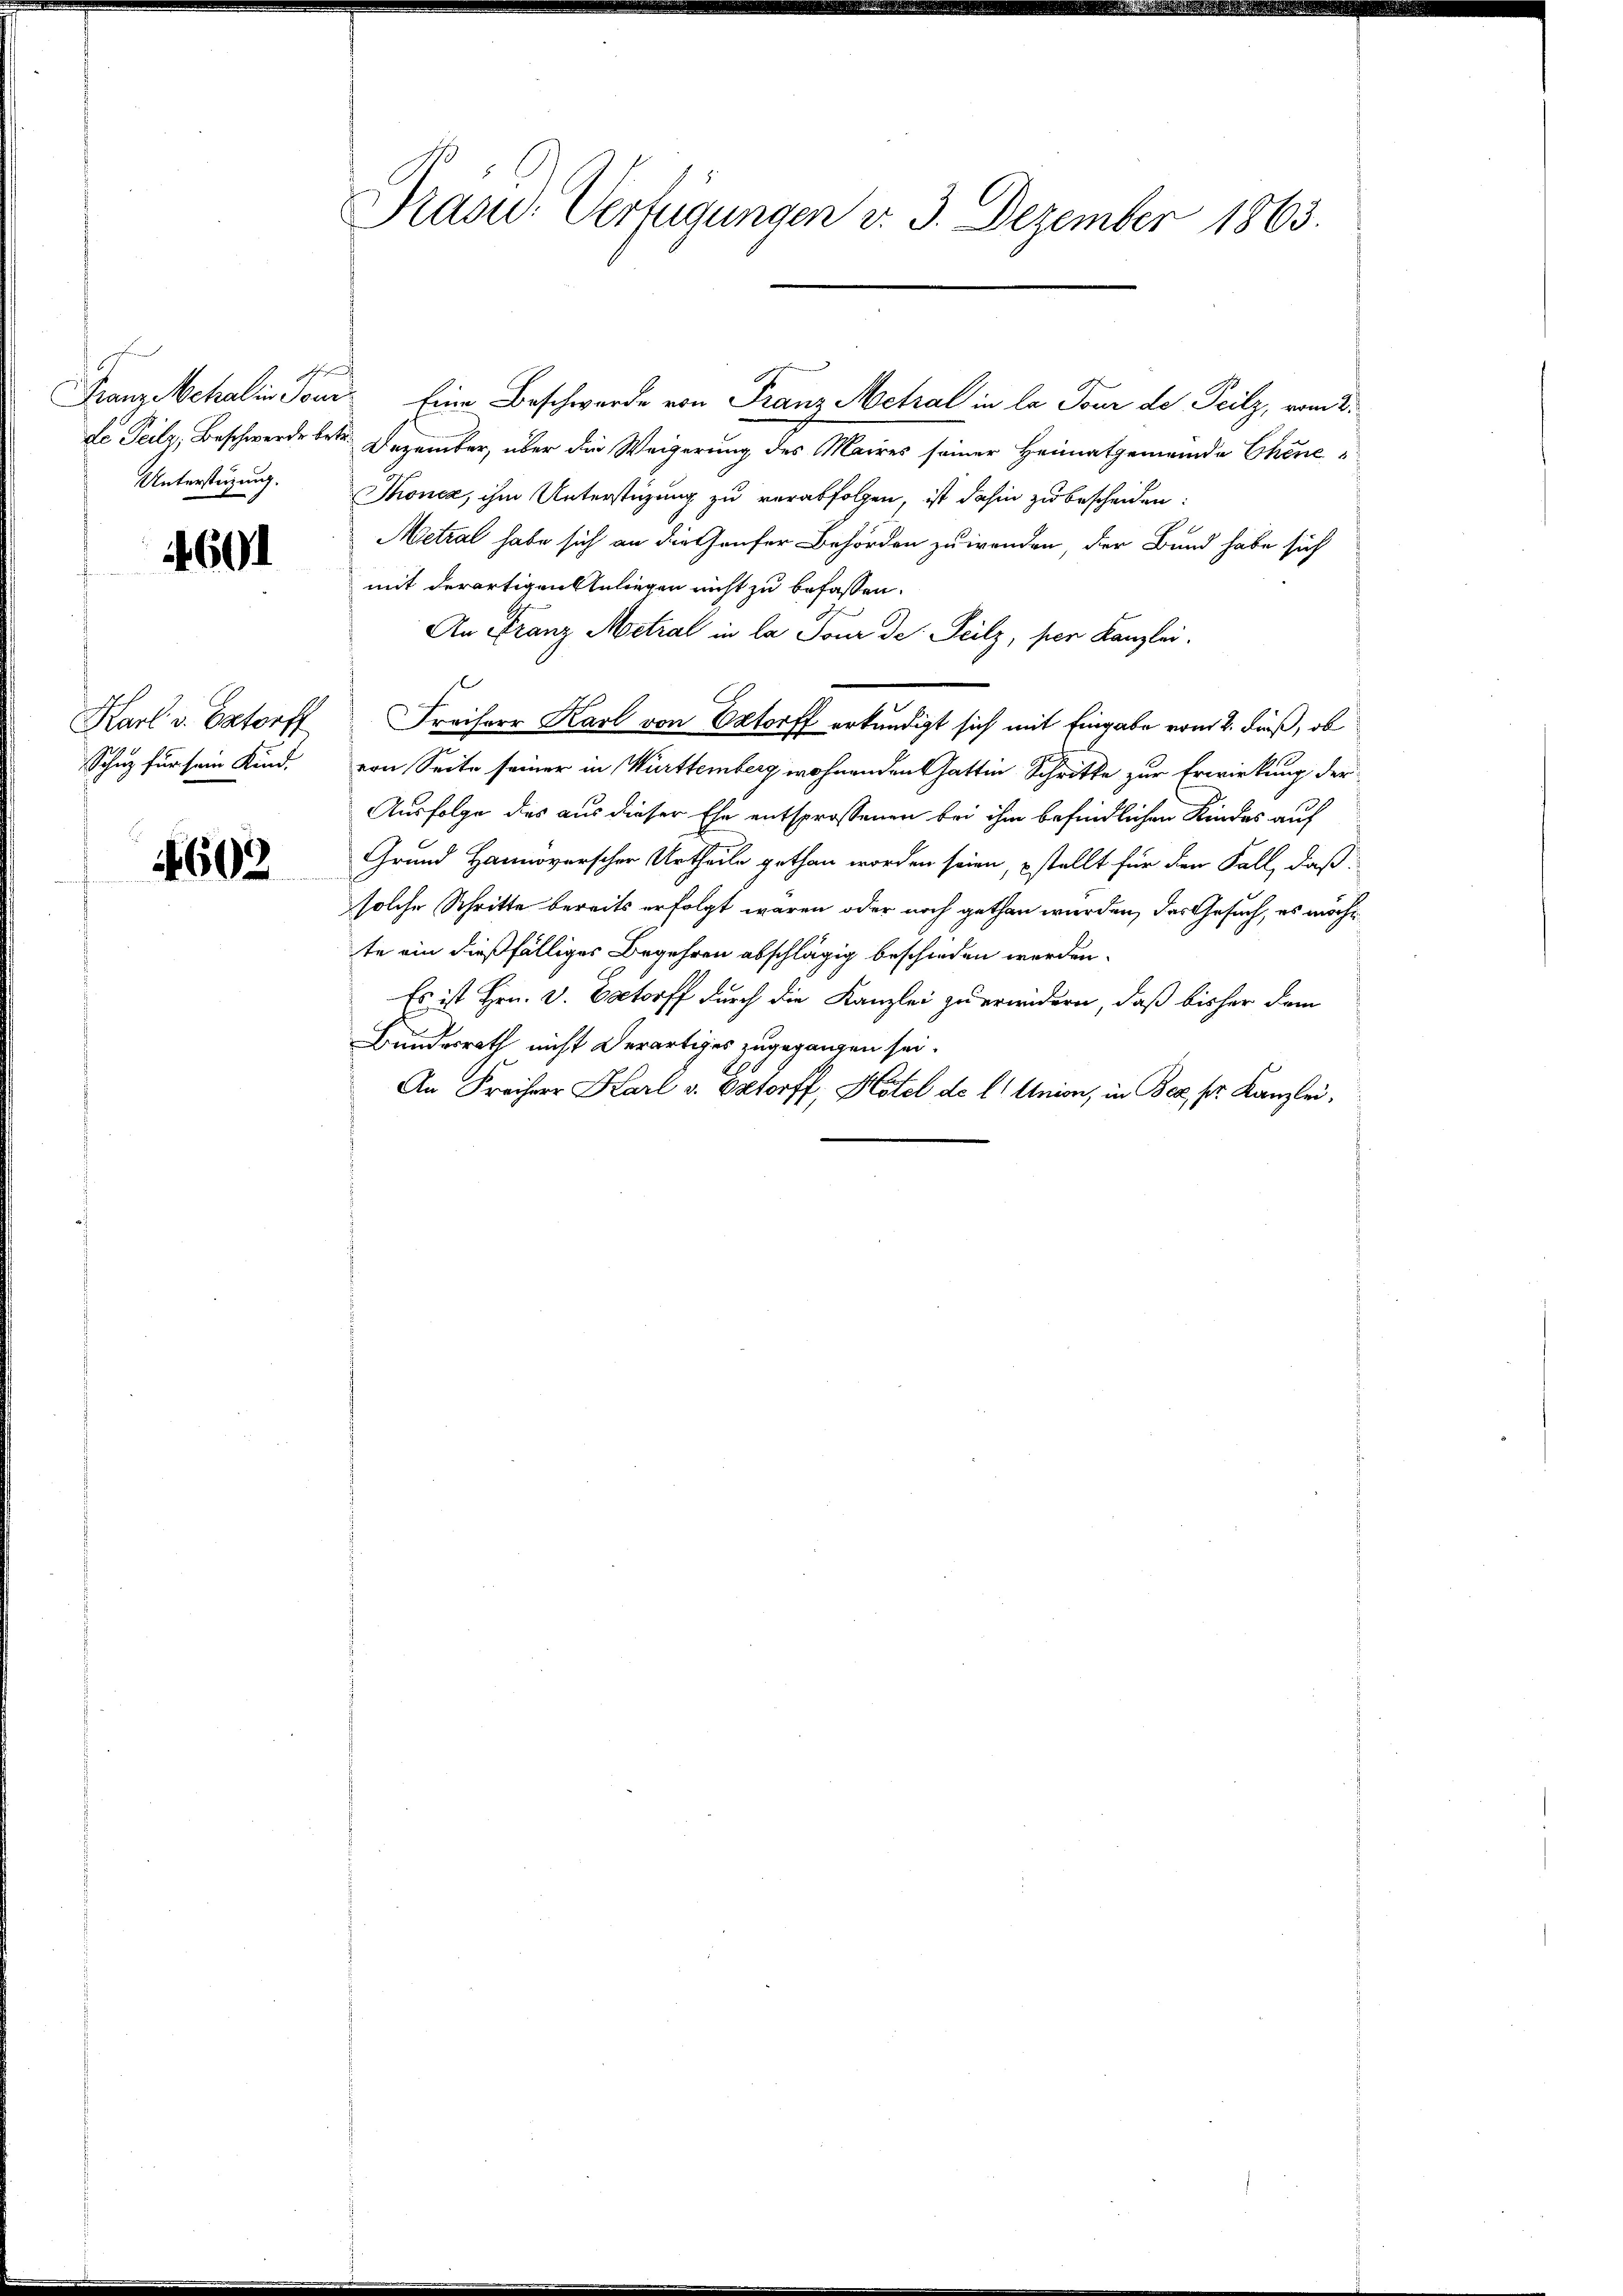
Unterstüzung.

4601

Karl v. Pastorff
Schuz für sein Kind.

4602

Präsid. Verfügungen v. 3. Dezember 1863.

de Teilz, Beschwerde betr. Dezember, über die Weigerung des Maires seiner Heimatgemeinde Chene
Thonca, ihm Unterstüzung zu verabfolgen, ist dahin zu bescheiden:
Metzal habe sich an die Genfer Behörden zu wenden, der Bund habe sich
mit derartigen Anliegen nicht zu befassen.
An Franz Metral in la Pour de Teilz, ser Kanzlei.
Freiherr Karl von Estorff erkundigt sich mit Eingabe vom 2. Fuß, ob
von Seite seiner in Württemberg wohnenden Gattin Schritte zur Erwirkung der
Ausfolge des aus dieser Ehe entsprossenen bei ihm befindlichen Kindes auf
Grund Hannoverscher Urtheile gethan worden seien, stellt für den Fall, daß
solche Schritte bereits erfolgt wären oder noch gethan wurden, das Gesuch, es möcht
te ein dießfälliges Begehren abschlägig beschieden werden.
Es ist Hrn. v. Baltorff durch die Kanzlei zu erindern, daß bisher dem
Bundesrath nicht derartiges zugegangen sei.
An Freiherr Karl v. Betorff, Hotel de l. Union, in Bez, pr. Kanzlei,

Franz Metal in Ton Eine Beschwerde von Franz Metral in la Pour de Teilz, vom 2.